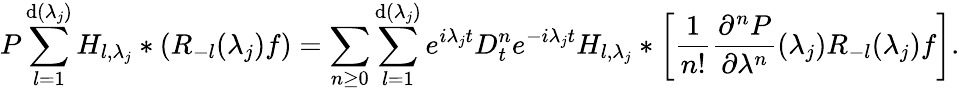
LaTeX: P\sum_{l=1}^{\mathrm{d}(\lambda_{j})}H_{l,\lambda_{j}}*(R_{-l}(\lambda_{j})f)=\sum_{n\geq0}\sum_{l=1}^{\mathrm{d}(\lambda_{j})}e^{i\lambda_{j}t}D_{t}^{n}e^{-i\lambda_{j}t}H_{l,\lambda_{j}}*\left[\frac{{1}}{{n!}}\frac{{\partial^{n}P}}{{\partial\lambda^{n}}}(\lambda_{j})R_{-l}(\lambda_{j})f\right].